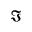
\Im